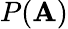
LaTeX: P(\mathbf{A})